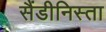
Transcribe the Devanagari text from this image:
सैंडीनिस्ता